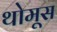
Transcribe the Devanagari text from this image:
थोमूस